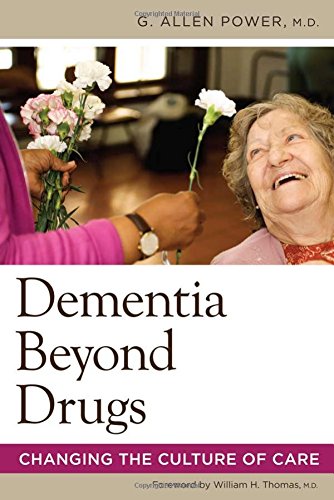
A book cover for Dementia Beyond Drugs; G. Power M.D.; Medical Books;